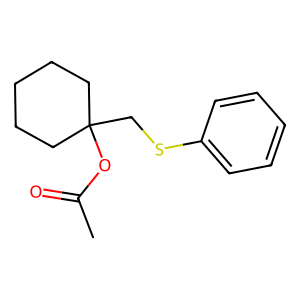
SMILES: CC(=O)OC1(CSc2ccccc2)CCCCC1
Inhibits HIV replication: No